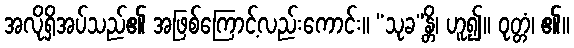
အလိုရှိအပ်သည်၏ အဖြစ်ကြောင့်လည်းကောင်း။ “သုခ”န္တိ၊ ဟူ၍။ ဝုတ္တံ၊ ၏။